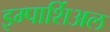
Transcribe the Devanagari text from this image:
इम्पार्शिअल